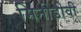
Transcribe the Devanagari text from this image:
मिनीडीवी